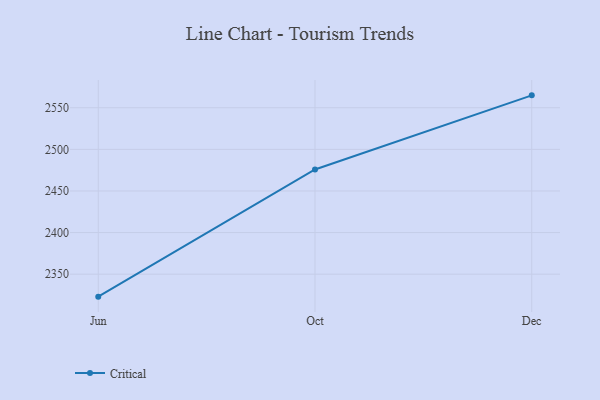
{"axis": {"x": "Month", "y": "Demand Index"}, "legend": ["Critical"], "data": [{"x": "Jun", "y": 2323.0, "type": "Critical"}, {"x": "Oct", "y": 2475.8, "type": "Critical"}, {"x": "Dec", "y": 2564.9, "type": "Critical"}]}